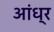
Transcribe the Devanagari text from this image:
अांध्र